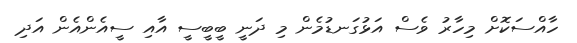
ހާއްސަކޮށް މިހާރު ވެސް އަޅުގަނޑުމެން މި ދަނީ ބީބީސީ އާއި ސީއެންއެން އަދި